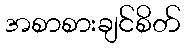
အစာစားချင်စိတ်